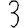
Digit: 3